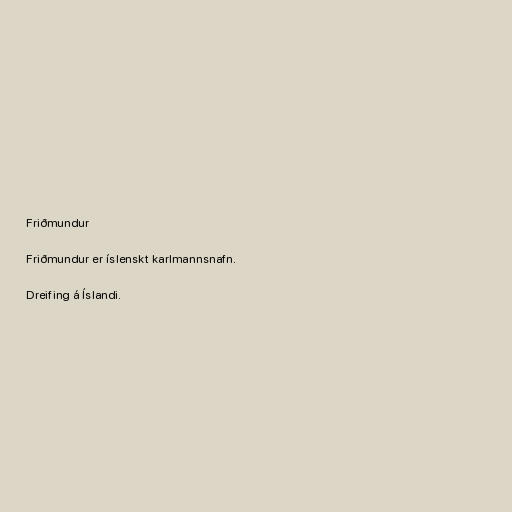
Friðmundur

Friðmundur er íslenskt karlmannsnafn.

Dreifing á Íslandi.